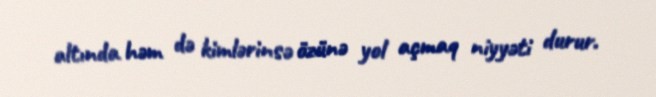
altında həm də kimlərinsə özünə yol açmaq niyyəti durur.